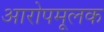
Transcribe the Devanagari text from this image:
आरोपमूलक